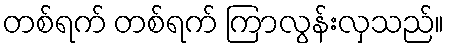
တစ်ရက် တစ်ရက် ကြာလွန်းလှသည်။